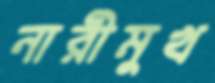
নারীমুখ